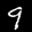
Label: 9